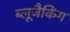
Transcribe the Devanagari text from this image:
ब्लूजैकिंग